Mental hospitals Bombay report 1921-28 - 1921-1928
Year: 1921
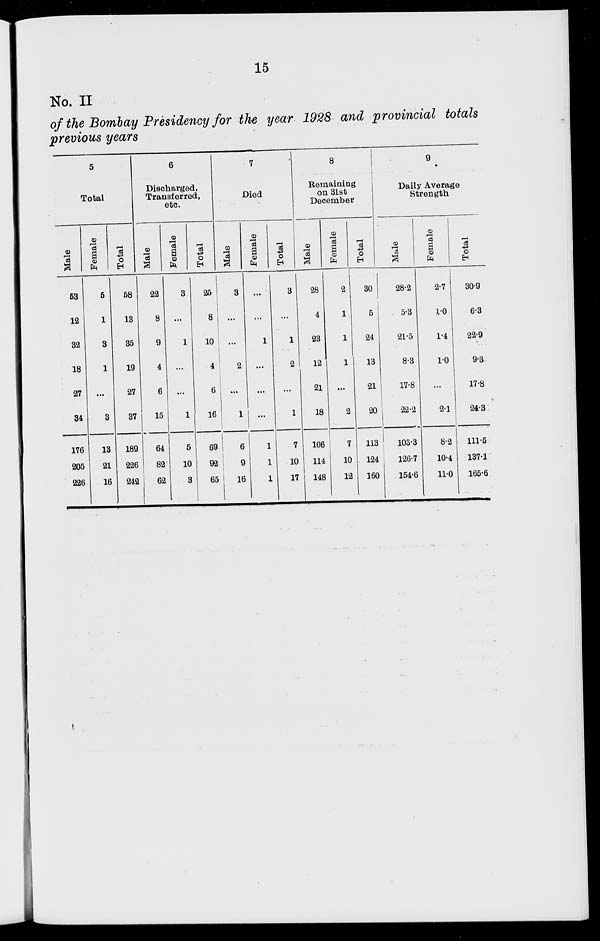
15
No. II
of the Bombay Presidency for the year 1928 and provincial totals
previous years
5
Total
Male
53
12
32
18
27
34
176
205
226
Female
5
1
3
1
...
3
13
21
16
Total
58
13
35
19
27
37
189
226
242
6
Discharged,
Transferred,
etc.
Male
22
8
9
4
6
15
64
82
62
Female
3
...
1
...
...
1
5
10
3
Total
25
8
10
4
6
16
69
92
65
7
Died
Male
3
...
...
2
...
1
6
9
16
Female
...
...
1
...
...
...
1
1
1
Total
3
...
1
2
...
1
7
10
17
8
Remaining
on 31st
December
Male
28
4
23
12
21
18
106
114
148
Female
2
1
1
1
...
2
7
10
12
Total
30
5
24
13
21
20
113
124
160
9
Daily Average
Strength
Male
28.2
5.3
21.5
8.3
17.8
22.2
103.3
126.7
154.6
Female
2.7
1.0
1.4
1.0
...
2.1
8.2
10.4
11.0
Total
30.9
6.3
22.9
9.3
17.8
24.3
111.5
137.1
165.6